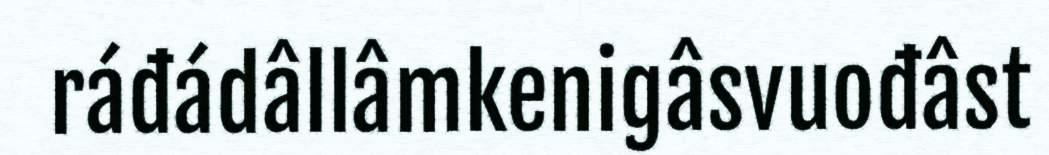
ráđádâllâmkenigâsvuođâst